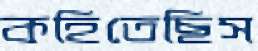
কহিতেছিস